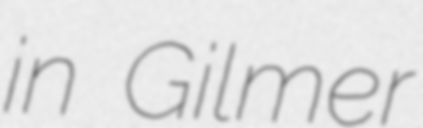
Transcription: in Gilmer